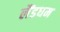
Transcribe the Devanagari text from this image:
लैंडधम